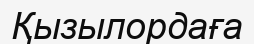
Қызылордаға